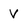
Character: v